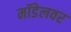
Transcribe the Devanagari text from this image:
मॉडेलवर